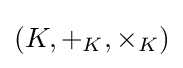
(K,+_{K},\times _{K})